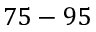
7 5 - 9 5